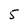
Character: 5